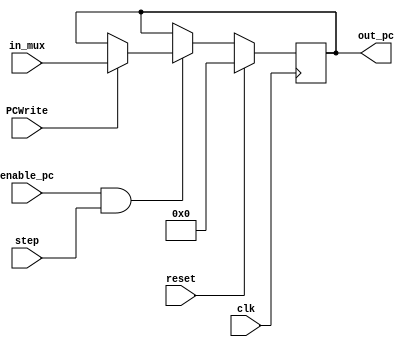
`timescale 1ns / 1ps

module PC(
    //INPUTS
    input wire clk,
    input wire reset,
    input wire [31:0] in_mux,   //Proviene del MUX de la etapa IF
	input wire PCWrite,    //Proviene del stall
	input wire enable_pc,  //Habilita el PC en caso de ser una instruccion valida
	input wire step,   //Habilita el PC desde UART
    //OUTPUTS
    output reg [31:0] out_pc   //Salida que va hacia el sumador y hacia el bloque IM
    );
    
    reg [31:0] pc; 
    
    always@(posedge clk)
    begin
        if(reset)
            out_pc <= 0;
        else
            if(enable_pc && step) // step = esta apretado el boton, puede ejecutar
			    if(PCWrite)			
				    out_pc <= $signed(in_mux);
			    else
				    out_pc <= out_pc;
		    else
		        out_pc <= out_pc;
    end
        
endmodule